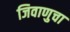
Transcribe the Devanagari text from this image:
जिवाणुचा